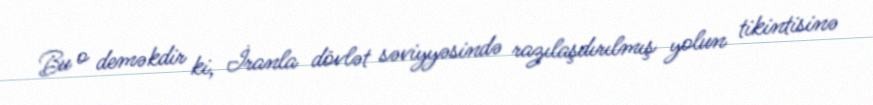
Bu o deməkdir ki, İranla dövlət səviyyəsində razılaşdırılmış yolun tikintisinə